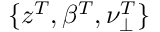
\{ z ^ { T } , \beta ^ { T } , \nu _ { \perp } ^ { T } \}